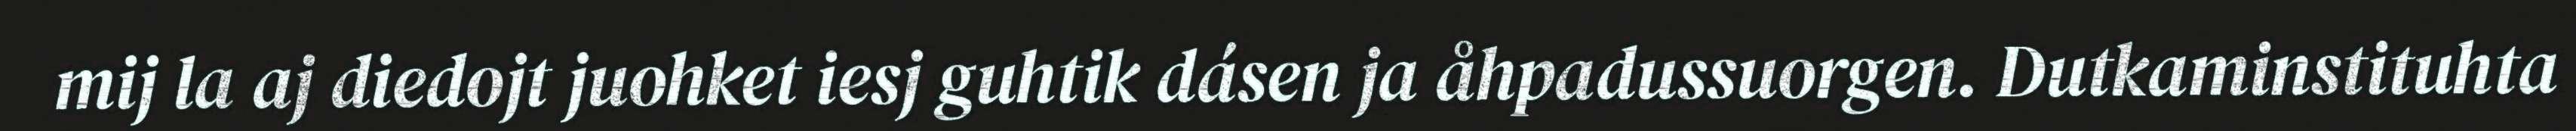
mij la aj diedojt juohket iesj guhtik dásen ja åhpadussuorgen. Dutkaminstituhta